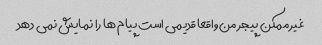
غیر ممکن پیجر من واقعا قدیمی است پیام ها را نمایش نمی دهد